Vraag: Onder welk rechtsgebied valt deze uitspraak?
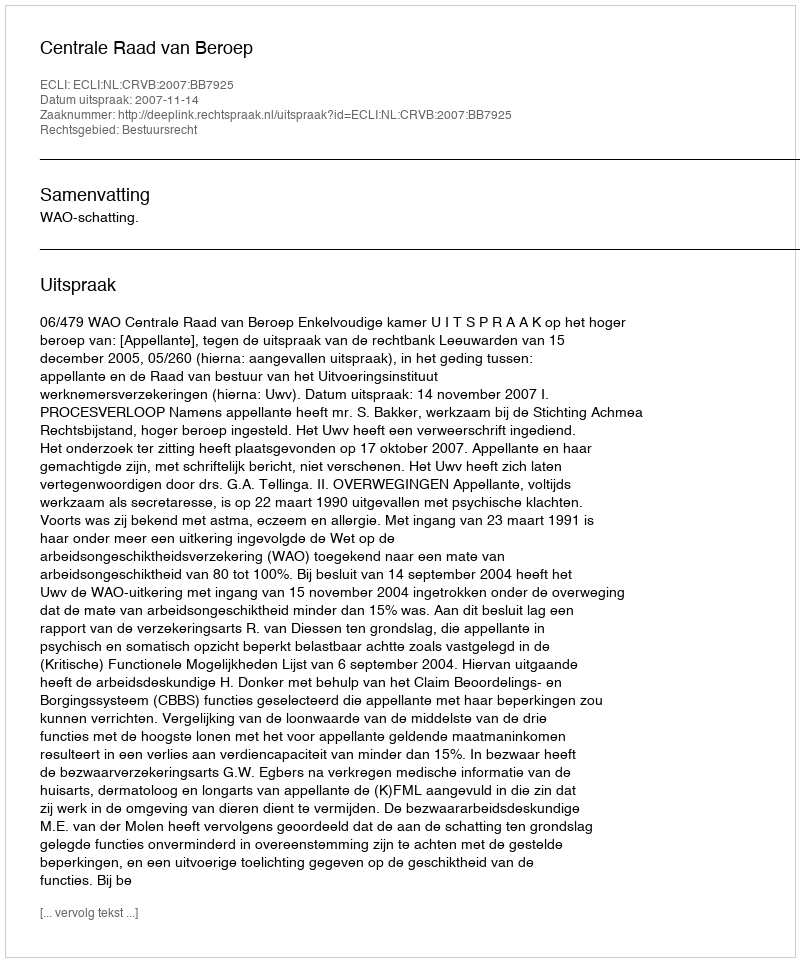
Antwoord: Bestuursrecht